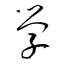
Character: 学